Report of the Indian Hemp Drugs Commission, 1894-1895 - Volume IV
Year: 1894
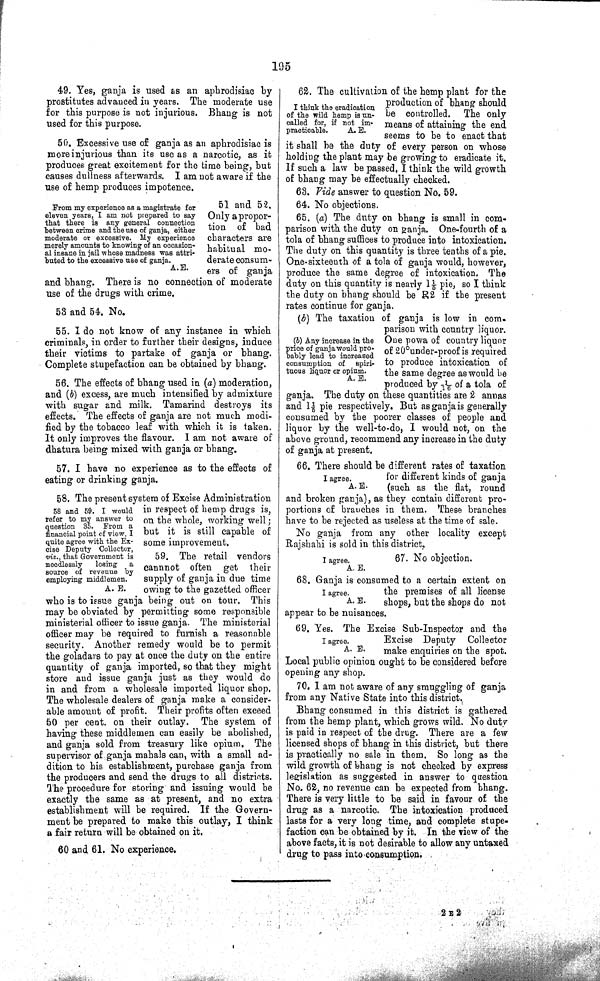
195
49. Yes, ganja is used as an aphrodisiac by
prostitutes advanced in years. The moderate use
for this purpose is not injurious. Bhang is not
used for this purpose.
50. Excessive use of ganja as an aphrodisiac is
more injurious than its use as a narcotic, as it
produces great excitement for the time being, but
causes dullness afterwards. I am not aware if the
use of hemp produces impotence.
From my experience as a magistrate for
eleven years, I am not prepared to say
that there is any general connection
between crime and the use of ganja, either
moderate or excessive. My experience
merely amounts to knowing of an occasion-
al insane in jail whose madness was attri-
buted to the excessive use of ganja.
A.E.
51 and 52.
Only a propor-
tion of bad
characters are
habitual mo-
derate consum-
ers of ganja
and bhang. There is no connection of moderate
use of the drugs with crime.
53 and 54. No.
55. I do not know of any instance in which
criminals, in order to further their designs, induce
their victims to partake of ganja or bhang.
Complete stupefaction can be obtained by bhang.
56. The effects of bhang used in (a) moderation,
and (b) excess, are much intensified by admixture
with sugar and milk. Tamarind destroys its
effects. The effects of ganja are not much modi-
fied by the tobacco leaf with which it is taken.
It only improves the flavour. I am not aware of
dhatura being mixed with ganja or bhang.
57. I have no experience as to the effects of
eating or drinking ganja.
58 and 59. I would
refer to my answer to
question 35. From a
financial point of view, I
quite agree with the Ex-
cise Deputy Collector,
viz., that Government is
needlessly
losing
a
source of revenue by
employing middlemen.
A. E.
58. The present system of Excise Administration
in respect of hemp drugs is,
on the whole, working well;
but it is still capable of
some improvement.
59. The retail vendors
cannnot often get their
supply of ganja in due time
owing to the gazetted officer
who is to issue ganja being out on tour. This
may be obviated by permitting some responsible
ministerial officer to issue ganja. The ministerial
officer may be required to furnish a reasonable
security. Another remedy would be to permit
the goladars to pay at once the duty on the entire
quantity of ganja imported, so that they might
store and issue ganja just as they would do
in and from a wholesale imported liquor shop.
The wholesale dealers of ganja make a consider-
able amount of profit. Their profits often exceed
50 per cent. on their outlay. The system of
having these middlemen can easily be abolished,
and ganja sold from treasury like opium. The
supervisor of ganja mahals can, with a small ad-
dition to his establishment, purchase ganja from
the producers and send the drugs to all districts.
The procedure for storing and issuing would be
exactly the same as at present, and no extra
establishment will be required. If the Govern-
ment be prepared to make this outlay, I think
a fair return will be obtained on it.
60 and 61. No experience.
I think the eradication
of the wild hemp is un-
called for, if not im-
practicable.
A. E.
62. The cultivation of the hemp plant for the
production of bhang should
be controlled. The only
means of attaining the end
seems to be to enact that
it shall be the duty of every person on whose
holding the plant may be growing to eradicate it.
If such a law be passed, I think the wild growth
of bhang may be effectually checked.
63. Vide answer to question No. 59.
64. No objections.
65. (a) The duty on bhang is small in com-
parison with the duty on ganja. One-fourth of a
tola of bhang suffices to produce into intoxication.
The duty on this quantity is three tenths of a pie.
One-sixteenth of a tola of ganja would, however,
produce the same degree of intoxication. The
duty on this quantity is nearly 11/5 pie, so I think
the duty on bhang should be R2 if the present
rates continue for ganja.
(b) Any increase in the
price of ganja would pro-
bably lead to increased
consumption of
spiri-
tuous liquor or opium.
A. E.
(b) The taxation of ganja is low in com-
parison with country liquor.
One powa of country liquor
of 20°under-proof is required
to produce intoxication of
the same degree as would be
produced by 1/16 of a tola of
ganja. The duty on these quantities are 2 annas
and 11/5 pie respectively. But as ganja is generally
consumed by the poorer classes of people and
liquor by the well-to-do, I would not, on the
above ground, recommend any increase in the duty
of ganja at present.
I agree.
A. E.
66. There should be different rates of taxation
for different kinds of ganja
(such as the flat, round
and broken ganja), as they contain different pro-
portions of branches in them. These branches
have to be rejected as useless at the time of sale.
No ganja from any other locality except
Rajshahi is sold in this district.
I agree.
A. E.
67. No objection.
I agree.
A. E.
68. Ganja is consumed to a certain extent on
the premises of all license
shops, but the shops do not
appear to be nuisances.
I agree.
A. E.
69. Yes. The Excise Sub-Inspector and the
Excise Deputy Collector
make enquiries on the spot.
Local public opinion ought to be considered before
opening any shop.
70. I am not aware of any smuggling of ganja
from any Native State into this district.
Bhang consumed in this district is gathered
from the hemp plant, which grows wild. No duty
is paid in respect of the drug. There are a few
licensed shops of bhang in this district, but there
is practically no sale in them. So long as the
wild growth of bhang is not checked by express
legislation as suggested in answer to question
No. 62, no revenue can be expected from bhang.
There is very little to be said in favour of the
drug as a narcotic. The intoxication produced
lasts for a very long time, and complete stupe-
faction can be obtained by it. In the view of the
above facts, it is not desirable to allow any untaxed
drug to pass into consumption.
2 E 2